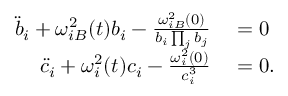
\begin{array} { r l } { \ddot { b } _ { i } + \omega _ { i B } ^ { 2 } ( t ) b _ { i } - \frac { \omega _ { i B } ^ { 2 } ( 0 ) } { b _ { i } \prod _ { j } b _ { j } } } & { { } = 0 } \\ { \ddot { c } _ { i } + \omega _ { i } ^ { 2 } ( t ) c _ { i } - \frac { \omega _ { i } ^ { 2 } ( 0 ) } { c _ { i } ^ { 3 } } } & { { } = 0 . } \end{array}